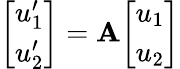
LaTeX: {\left[\begin{array}{l}{u_{1}^{\prime}}\\ {u_{2}^{\prime}}\end{array}\right]}=\mathbf{A}{\left[\begin{array}{l}{u_{1}}\\ {u_{2}}\end{array}\right]}